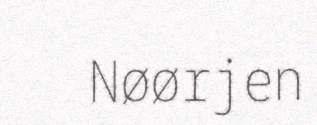
Nøørjen